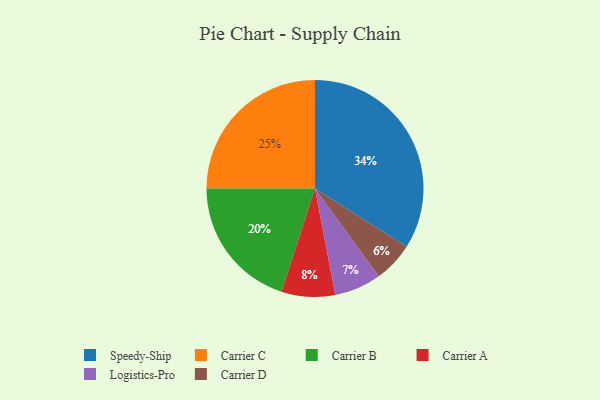
{"axis": {"x": "Category", "y": "Percentage"}, "legend": ["Carrier A", "Carrier B", "Carrier C", "Carrier D", "Logistics-Pro", "Speedy-Ship"], "data": [{"x": "Speedy-Ship", "y": 34, "type": "Speedy-Ship"}, {"x": "Carrier D", "y": 6, "type": "Carrier D"}, {"x": "Carrier C", "y": 25, "type": "Carrier C"}, {"x": "Logistics-Pro", "y": 7, "type": "Logistics-Pro"}, {"x": "Carrier A", "y": 8, "type": "Carrier A"}, {"x": "Carrier B", "y": 20, "type": "Carrier B"}]}